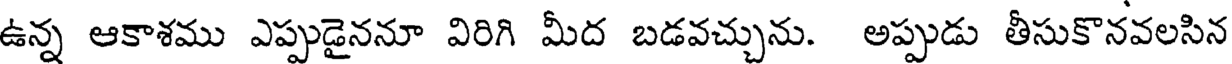
ఉన్న ఆకాశము ఎప్పుడైననూ విరిగి మీద బడవచ్చును. అప్పుడు తీసుకొనవలసిన